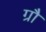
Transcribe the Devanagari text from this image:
ग्रौ